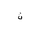
Letter: _non